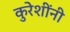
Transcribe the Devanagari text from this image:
कुरेशींनी